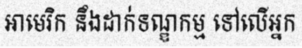
អាមេរិក នឹងដាក់ទណ្ឌកម្ម ទៅលើអ្នក